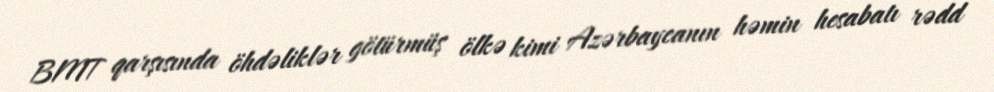
BMT qarşısında öhdəliklər götürmüş ölkə kimi Azərbaycanın həmin hesabatı rədd